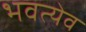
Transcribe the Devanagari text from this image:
भवत्येव